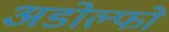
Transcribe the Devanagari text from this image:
अडोल्फो